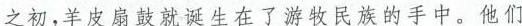
之初，羊皮扇鼓就诞生在了游牧民族的手中，他 们